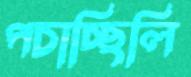
পচাচ্ছিলি